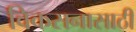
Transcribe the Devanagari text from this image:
विकसनासाठी